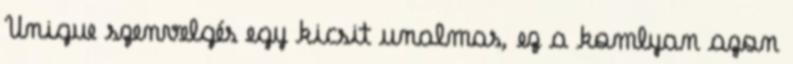
Unigue szenvelgés egy kicsit unalmas, ez a komlyan azon